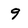
Character: 9